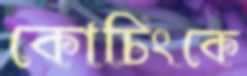
কোচিংকে